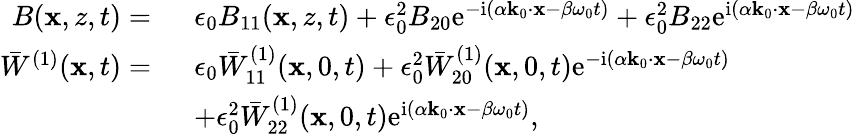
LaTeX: \begin{array}{rl}{B(\mathbf{x},z,t)=~}&{\epsilon_{0}B_{11}(\mathbf{x},z,t)+\epsilon_{0}^{2}B_{20}\mathrm{e}^{-\mathrm{i}(\alpha\mathbf{k}_{0}\cdot\mathbf{x}-\beta\omega_{0}t)}+\epsilon_{0}^{2}B_{22}\mathrm{e}^{\mathrm{i}(\alpha\mathbf{k}_{0}\cdot\mathbf{x}-\beta\omega_{0}t)}}\\ {\bar{W}^{(1)}(\mathbf{x},t)=~}&{\epsilon_{0}\bar{W}_{11}^{(1)}(\mathbf{x},0,t)+\epsilon_{0}^{2}\bar{W}_{20}^{(1)}(\mathbf{x},0,t)\mathrm{e}^{-\mathrm{i}(\alpha\mathbf{k}_{0}\cdot\mathbf{x}-\beta\omega_{0}t)}}\\ &{+\epsilon_{0}^{2}\bar{W}_{22}^{(1)}(\mathbf{x},0,t)\mathrm{e}^{\mathrm{i}(\alpha\mathbf{k}_{0}\cdot\mathbf{x}-\beta\omega_{0}t)},}\end{array}